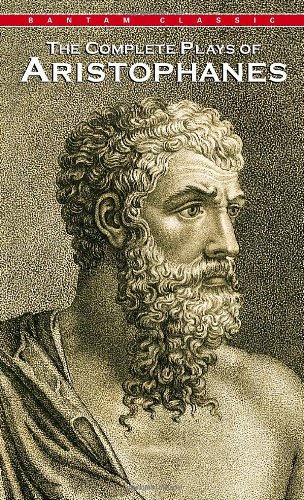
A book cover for Complete Plays of Aristophanes (Bantam Classics); Aristophanes; Literature & Fiction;